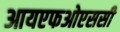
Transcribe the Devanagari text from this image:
आयएफओएससी